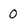
Character: 0